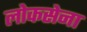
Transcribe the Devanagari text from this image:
लोकसेना